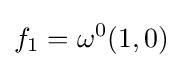
f_{1}=\omega ^{0}(1,0)